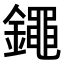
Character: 𨭘